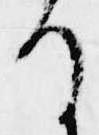
な